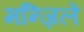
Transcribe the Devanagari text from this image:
मन्ज़िलें